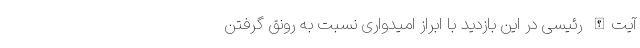
آیت‌الله رئیسی در این بازدید با ابراز امیدواری نسبت به رونق گرفتن